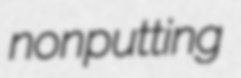
nonputting